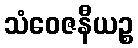
သံဝေဇနီယဉ္စ